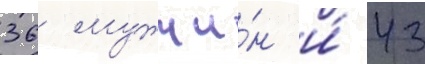
36 мужчи́н и́ 43